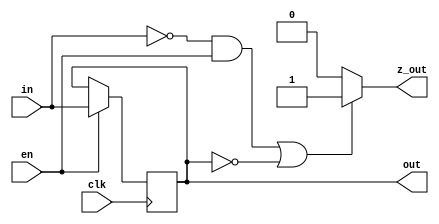
`timescale 1ns/1ps

module acc #(
    parameter WIDTH = 8
)(  
    clk,
    en,
    in,
    out,
    z_out
);

input clk, en;
input [WIDTH-1:0] in;
output reg [WIDTH-1:0] out;
output z_out;

initial begin
    out = {WIDTH{1'b0}};
end

always @(posedge clk) begin
    if(en) begin
        out <= in;
    end
    else begin
        out <= out;
    end
end

assign z_out = ((in == {WIDTH{1'b0}} && en) || (out == {WIDTH{1'b0}})) ? 1'b1 : 1'b0; 

endmodule